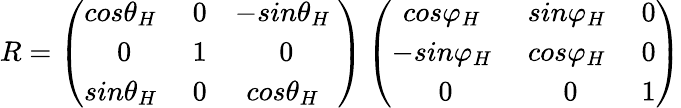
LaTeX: R=\left(\begin{array}{ccc}{{{cos}{\theta}_{H}\ }}&{0}&{-{{sin}{\theta}_{H}\ }}\\ {0}&{1}&{0}\\ {{{sin}{\theta}_{H}\ }}&{0}&{{{cos}{\theta}_{H}\ }}\end{array}\right)\left(\begin{array}{ccc}{{{cos}{\varphi}_{H}\ }}&{{{sin}{\varphi}_{H}\ }}&{0}\\ {-{{sin}{\varphi}_{H}\ }}&{{{cos}{\varphi}_{H}\ }}&{0}\\ {0}&{0}&{1}\end{array}\right)